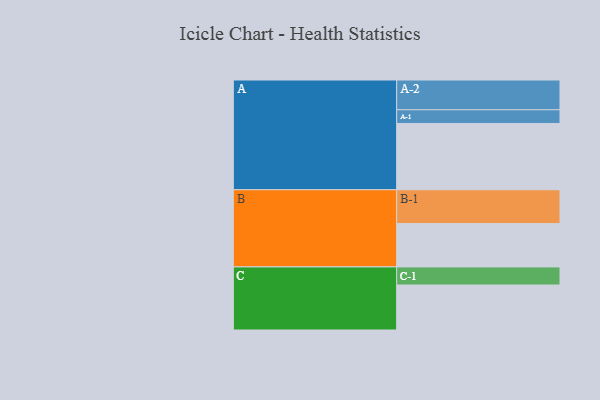
{"axis": {"x": "Segment", "y": "Value"}, "legend": ["", "A", "B", "C"], "data": [{"x": "A", "y": 517, "type": ""}, {"x": "B", "y": 338, "type": ""}, {"x": "C", "y": 351, "type": ""}, {"x": "A-1", "y": 107, "type": "A"}, {"x": "A-2", "y": 232, "type": "A"}, {"x": "B-1", "y": 264, "type": "B"}, {"x": "C-1", "y": 141, "type": "C"}]}